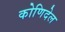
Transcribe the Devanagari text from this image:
कोणिदेल